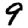
Digit: 9